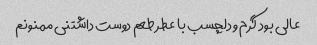
عالی بود گرم و دلچسب با عطر طعم دوست داشتنی ممنونم